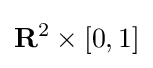
\mathbf {R} ^{2}\times [0,1]